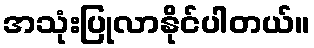
အသုံးပြုလာနိုင်ပါတယ်။